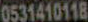
0531410118